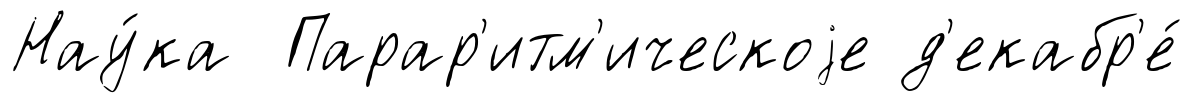
Нау́ка Парар'итм'ическоjе д'екабр'е́